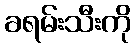
ခရမ်းသီးကို